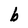
Character: b